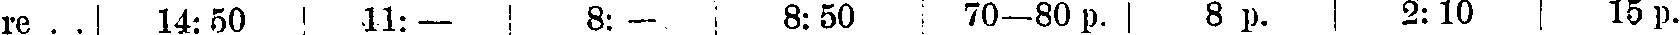
re . . 14:50 11:— 8:-, 8:50 70—80 p. 8 p. 2: 10 15 p.